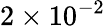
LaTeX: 2\times 10^{-2}